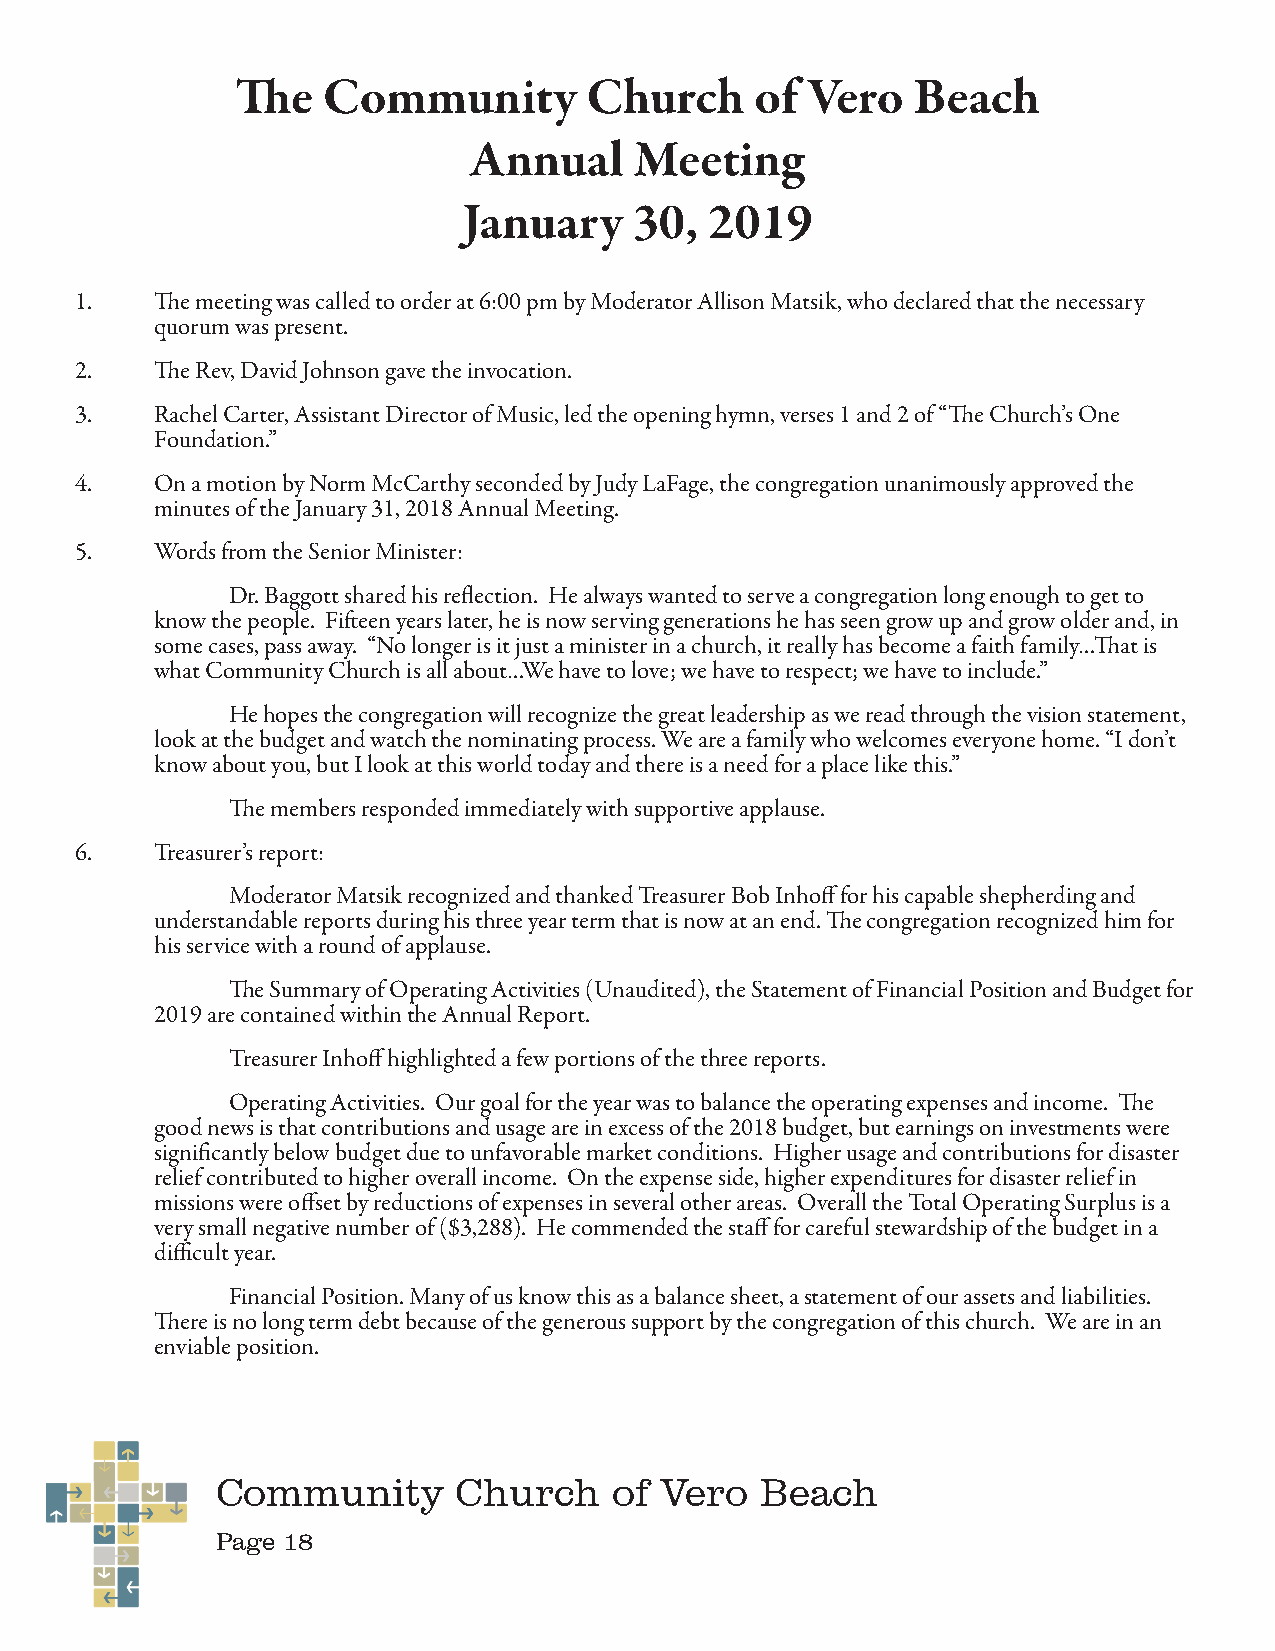
The  Community         Church     of Vero   Beach
 Annual     Meeting
 January    30,  2019
 1.   The meeting was called to order at 6:00 pm by Moderator Allison Matsik, who declared that the necessary
 quorum was present.
 2.   The Rev, David Johnson gave the invocation.
 3.   Rachel Carter, Assistant Director of Music, led the opening hymn, verses 1 and 2 of “The Church’s One
 Foundation.”
 4.   On a motion by Norm McCarthy seconded by Judy LaFage, the congregation unanimously approved the
 minutes of the January 31, 2018 Annual Meeting.
 5.   Words from the Senior Minister:
 Dr. Baggott shared his reflection. He always wanted to serve a congregation long enough to get to
 know the people. Fifteen years later, he is now serving generations he has seen grow up and grow older and, in
 some cases, pass away. “No longer is it just a minister in a church, it really has become a faith family…That is
 what Community Church is all about…We have to love; we have to respect; we have to include.”
 He hopes the congregation will recognize the great leadership as we read through the vision statement,
 look at the budget and watch the nominating process. We are a family who welcomes everyone home. “I don’t
 know about you, but I look at this world today and there is a need for a place like this.”
 The members responded immediately with supportive applause.
 6.   Treasurer’s report:
 Moderator Matsik recognized and thanked Treasurer Bob Inhoff for his capable shepherding and
 understandable reports during his three year term that is now at an end. The congregation recognized him for
 his service with a round of applause.
 The Summary of Operating Activities (Unaudited), the Statement of Financial Position and Budget for
 2019 are contained within the Annual Report.
 Treasurer Inhoff highlighted a few portions of the three reports.
 Operating Activities. Our goal for the year was to balance the operating expenses and income. The
 good news is that contributions and usage are in excess of the 2018 budget, but earnings on investments were
 significantly below budget due to unfavorable market conditions. Higher usage and contributions for disaster
 relief contributed to higher overall income. On the expense side, higher expenditures for disaster relief in
 missions were offset by reductions of expenses in several other areas. Overall the Total Operating Surplus is a
 very small negative number of ($3,288). He commended the staff for careful stewardship of the budget in a
 difficult year.
 Financial Position. Many of us know this as a balance sheet, a statement of our assets and liabilities.
 There is no long term debt because of the generous support by the congregation of this church. We are in an
 enviable position.
 Community       Church     of Vero  Beach
 Page 18